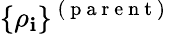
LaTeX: \{ \rho_{\mathbf{i}}\} ^{\mathrm{{~(~p~a~r~e~n~t~)~}}}